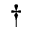
^ { \dagger }